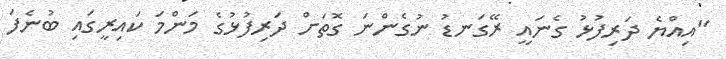
"އިއްޔެ ދަރިފުޅު ގެނައީ ރޭގަނޑު ނުގެންނަ ގޮތަށް ދަރިފުޅުގެ މަންމަ ކައިރީގައި ބުނެފަ